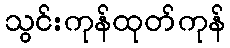
သွင်းကုန်ထုတ်ကုန်